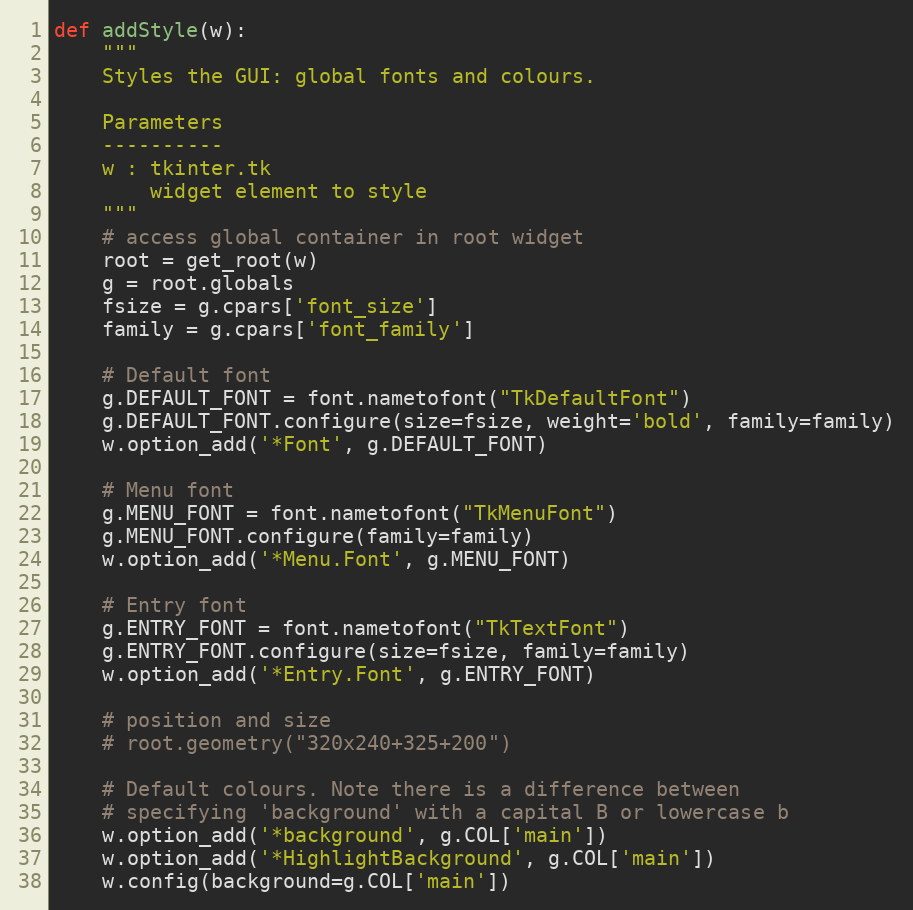
Language: Python
def addStyle(w):
    """
    Styles the GUI: global fonts and colours.

    Parameters
    ----------
    w : tkinter.tk
        widget element to style
    """
    # access global container in root widget
    root = get_root(w)
    g = root.globals
    fsize = g.cpars['font_size']
    family = g.cpars['font_family']

    # Default font
    g.DEFAULT_FONT = font.nametofont("TkDefaultFont")
    g.DEFAULT_FONT.configure(size=fsize, weight='bold', family=family)
    w.option_add('*Font', g.DEFAULT_FONT)

    # Menu font
    g.MENU_FONT = font.nametofont("TkMenuFont")
    g.MENU_FONT.configure(family=family)
    w.option_add('*Menu.Font', g.MENU_FONT)

    # Entry font
    g.ENTRY_FONT = font.nametofont("TkTextFont")
    g.ENTRY_FONT.configure(size=fsize, family=family)
    w.option_add('*Entry.Font', g.ENTRY_FONT)

    # position and size
    # root.geometry("320x240+325+200")

    # Default colours. Note there is a difference between
    # specifying 'background' with a capital B or lowercase b
    w.option_add('*background', g.COL['main'])
    w.option_add('*HighlightBackground', g.COL['main'])
    w.config(background=g.COL['main'])